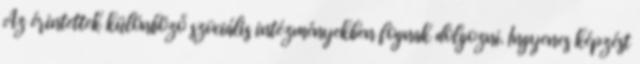
Az érintettek különböző szociális intézményekben fognak dolgozni. Ingyenes képzést